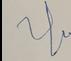
Signature authenticity: genuine